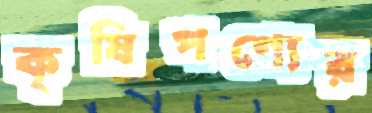
কৃষিপণ্যের